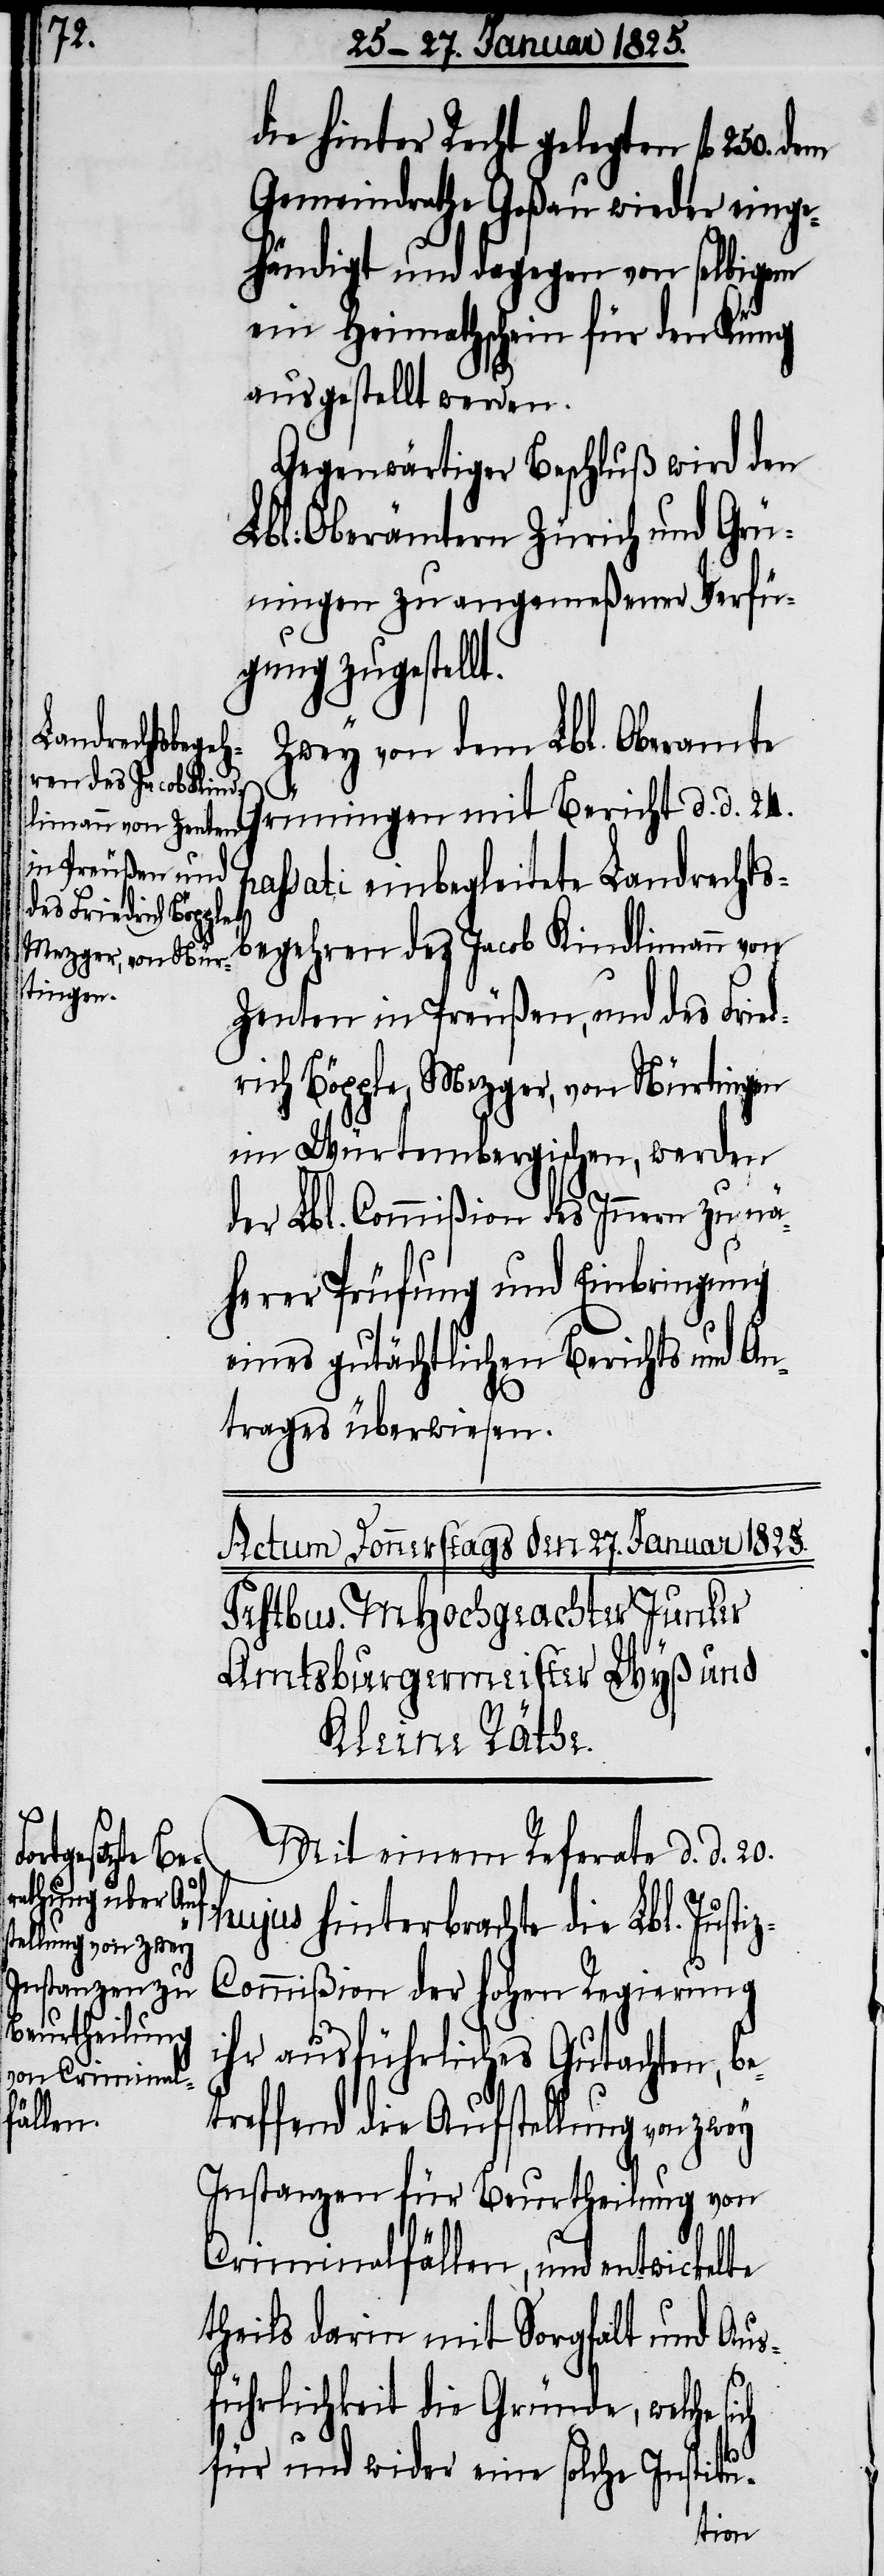
z-C¬

die hinter Recht gelegten fl 250.
Gemeindrathe Goßau wieder einge¬
händigt und dagegen von selbigem
ein Heimathschein für den Küng
ausgestellt werden.
Gegenwärtiger Beschluß wird den
Lbl. Oberämtern Zürich und Grü¬
ningen zu angemeßener Verfü¬
gung zugestellt.
Zwey von dem Lbl. Oberamte
Grüningen mit Bericht d. d. 24.
assati einbegleitete Landrechts¬
begehren des Jacob Kindlimann von
Zenten in Preußen, und des Fried¬
rich Böpple, Mezger, von Nürtingen
im Würtembergischen, werden
der Lbl. Commißion des Innern zu nä¬
herer Prüfung und Einbringung
eines gutächtlichen Berichts und An¬
trages überwiesen.
Mit einem Referate d. d. 20.
hujus hinterbrachte die Lbl. Justi¬
ommißion der hohen Regierung
ihr ausführliches Gutachten, be¬
treffend die Aufstellung von zwey
Instanzen für Beurtheilung von
Criminalfällen, und entwickelte
theils darin mit Sorgfalt und Aus¬
führlichkeit die Gründe, welche
für und wider eine solche Institu-